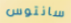
سانتوس